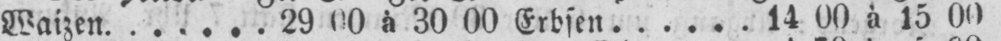
Waizen 29 00 à 30 00 Erbsen 14 00 à 15 00